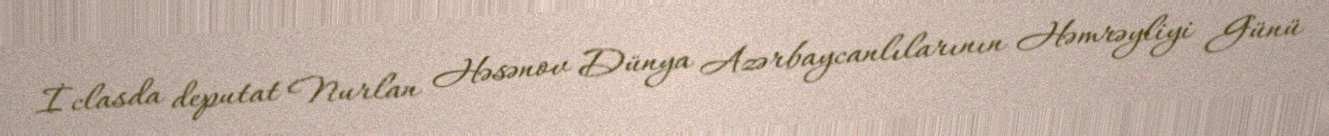
İclasda deputat Nurlan Həsənov Dünya Azərbaycanlılarının Həmrəyliyi Günü